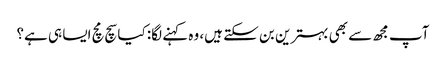
آپ مجھ سے بھی بہترین بن سکتے ہیں، وہ کہنے لگا: کیا سچ مچ ایسا ہی ہے؟